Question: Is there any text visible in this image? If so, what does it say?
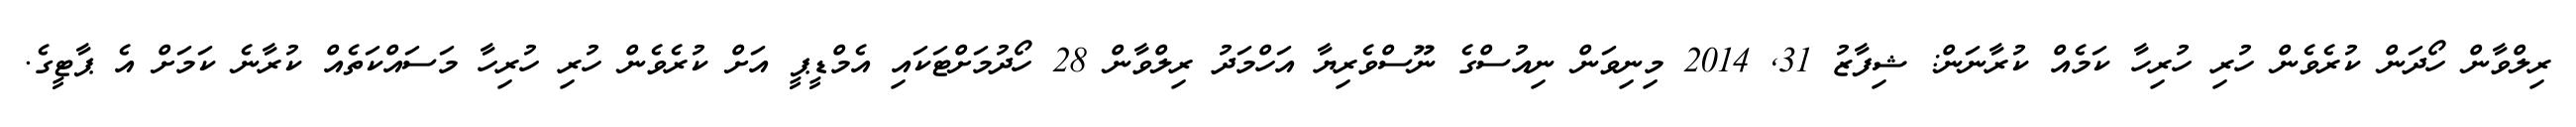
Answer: ރިލްވާން ހޯދަން ކުރެވެން ހުރި ހުރިހާ ކަމެއް ކުރާނަން: ޝިފާޒު 31, 2014 މިނިވަން ނިއުސްގެ ނޫސްވެރިޔާ އަހްމަދު ރިލްވާން 28 ހޯދުމަށްޓަކައި އެމްޑީޕީ އަށް ކުރެވެން ހުރި ހުރިހާ މަސައްކަތެއް ކުރާނެ ކަމަށް އެ ޕާޓީގެ.